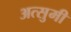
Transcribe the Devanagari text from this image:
अत्सुमी